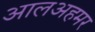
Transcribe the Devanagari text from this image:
आलअहमर